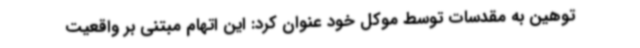
توهین به مقدسات توسط موکل خود عنوان کرد: این اتهام مبتنی بر واقعیت